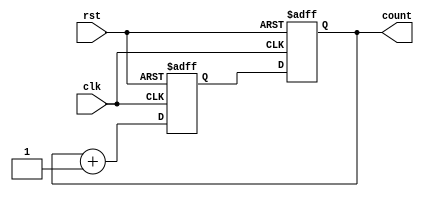
module binary_counter(
    input wire clk,
    input wire rst,
    output reg [3:0] count
);

reg [3:0] next_count;

always @(posedge clk or posedge rst) begin
    if(rst) begin
        next_count <= 4'b0000;
    end else begin
        next_count <= count + 1;
    end
end

always @(posedge clk or posedge rst) begin
    if(rst) begin
        count <= 4'b0000;
    end else begin
        count <= next_count;
    end
end

endmodule